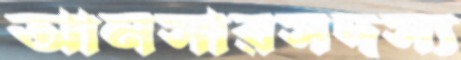
আনসারসদস্য